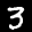
Label: 3